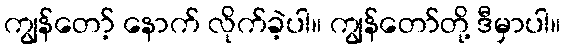
ကျွန်တော့် နောက် လိုက်ခဲ့ပါ။ ကျွန်တော်တို့ ဒီမှာပါ။